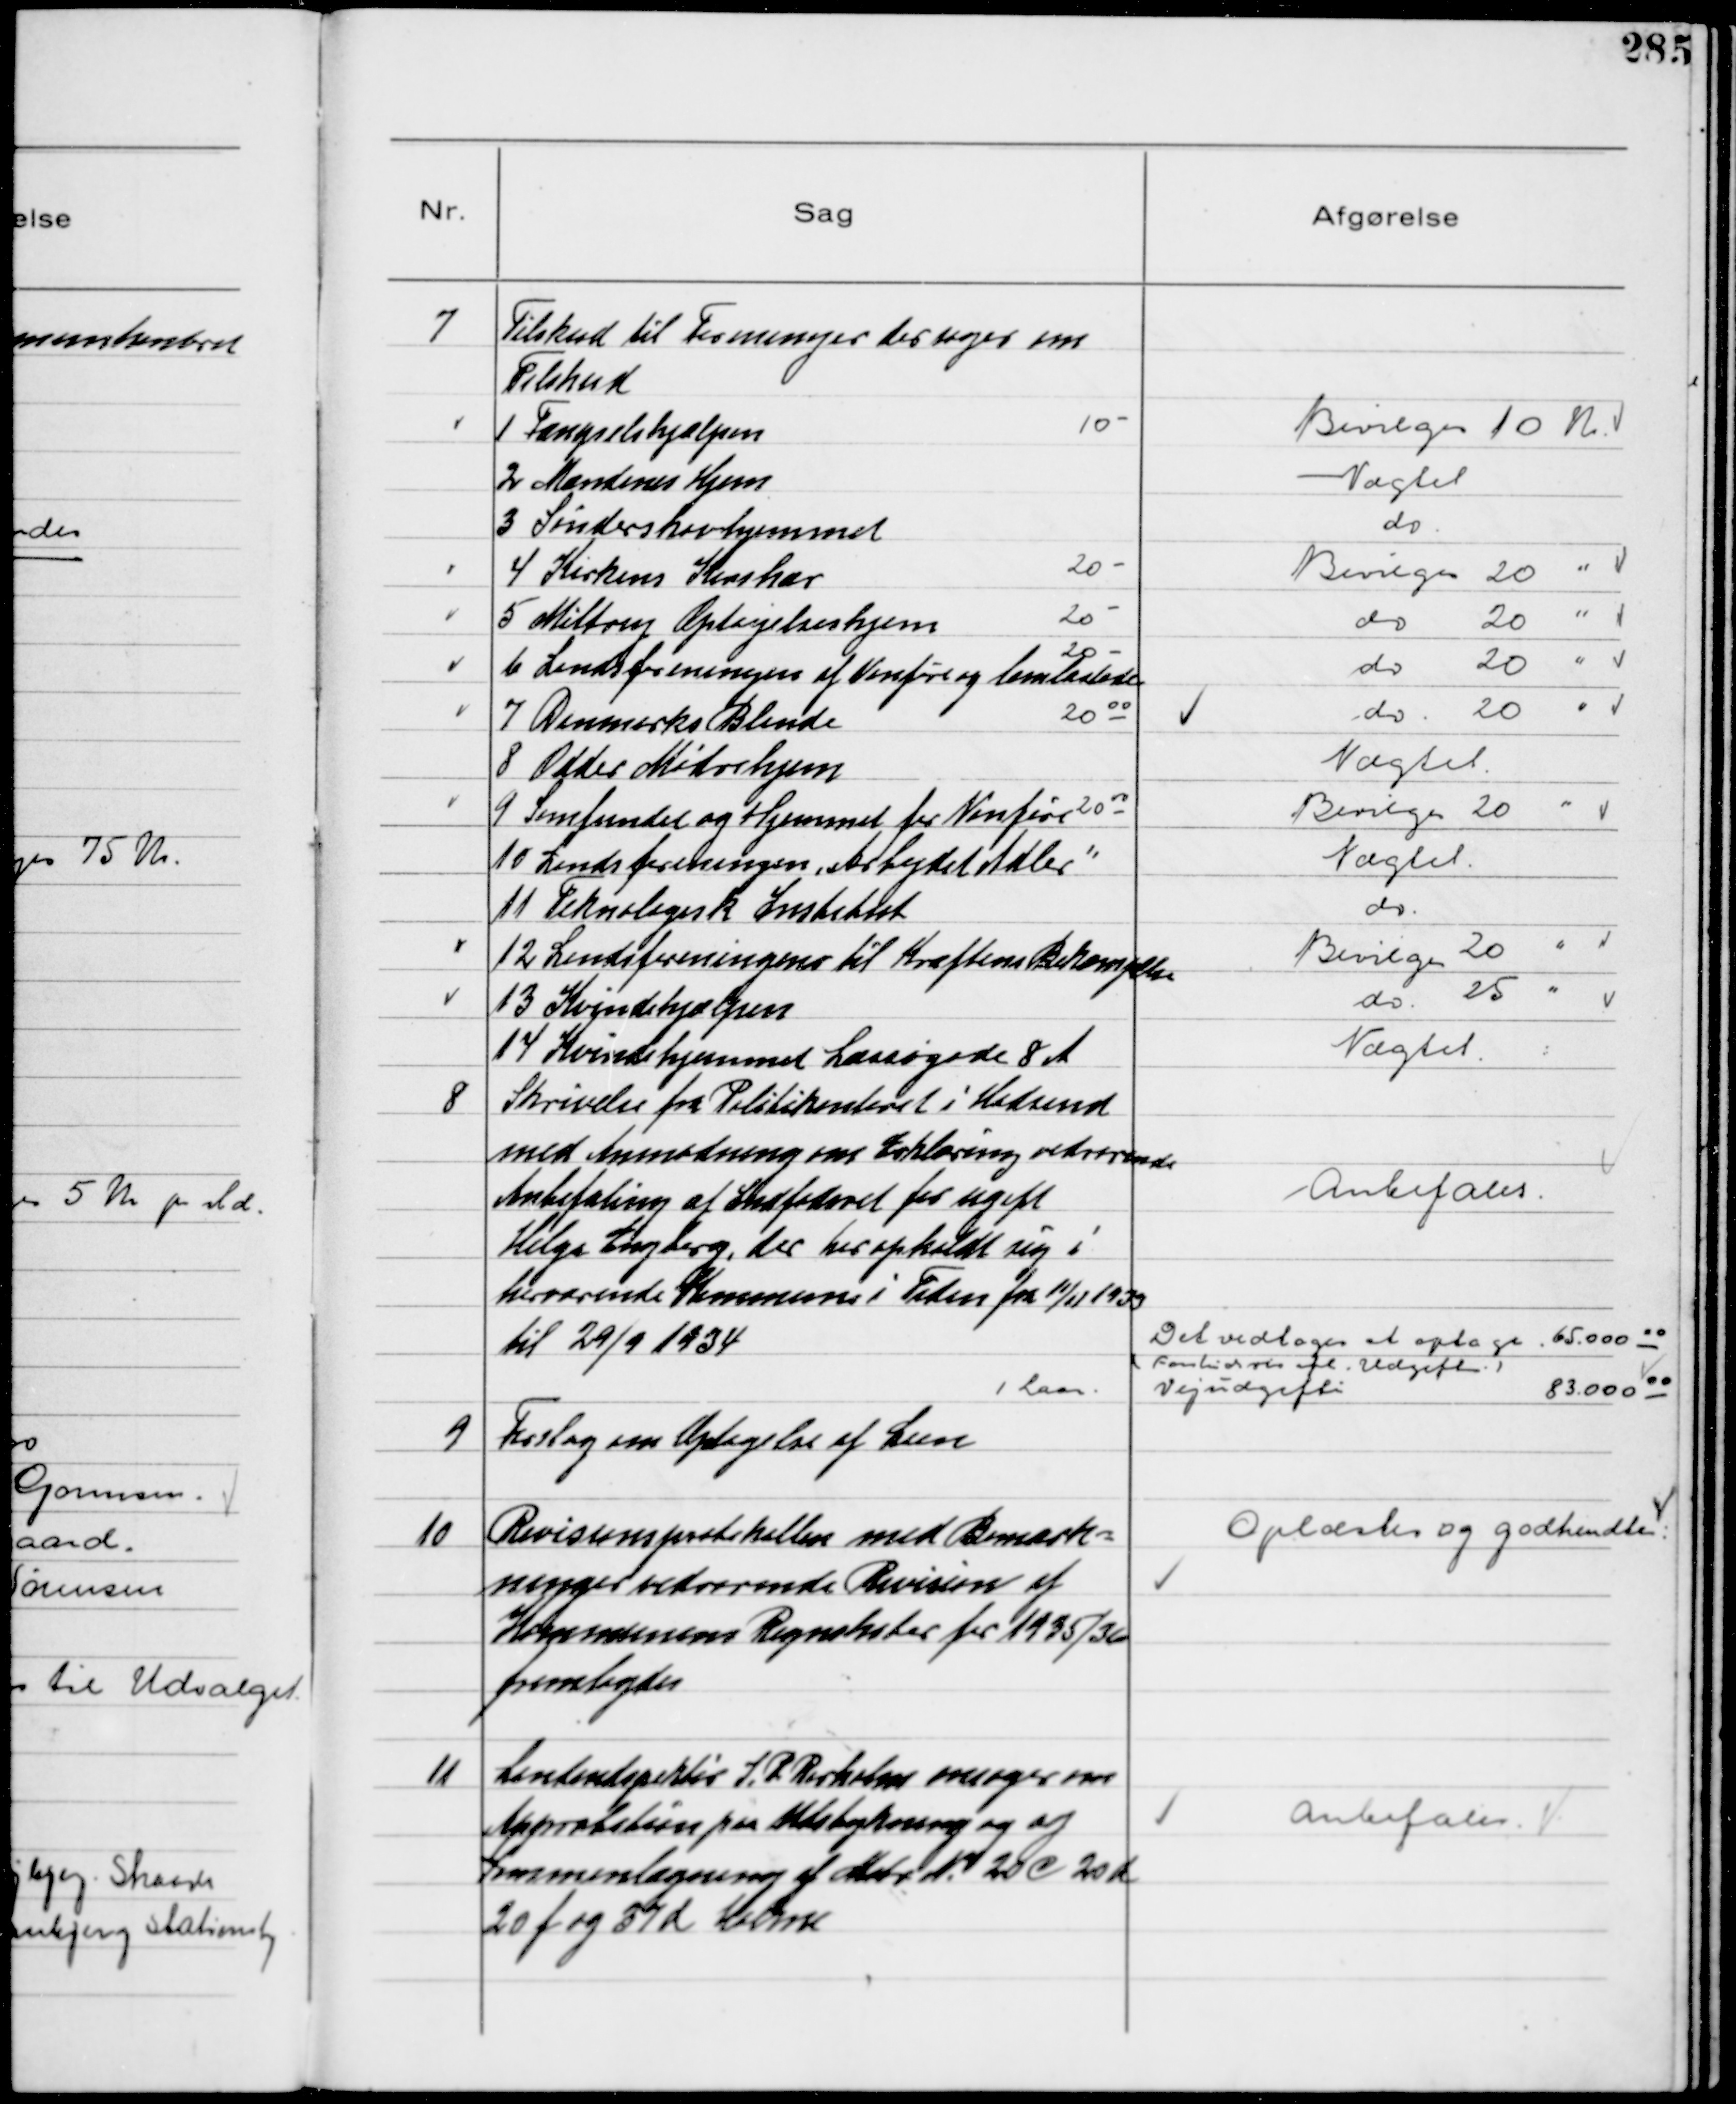
Transskription:
7
Tilskud til Foreninger der søger om
Tilskud
1 Fængselshjælpen
10-
Bevilges 10 Kr
2 Mændenes Hjem
Nægtet
3 Sønderskovhjemmet
do
4 Kirkens Korshær 
20-
Bevilges 20 "
5 Miltrup Optagelseshjem
20-
do 20 "
6 Landsforeningen af Vanføre og lemlæstede
20-
do 20 "
7 Danmarks Blinde
2000
do 20 "
8 Odder Mødrehjem
Nægtet
9 Samfundet og Hjemmet for Vanføre 2000
Bevilges 20 "
10 Landsforeningen "Arbejdet Adler"
Nægtet
11 Teknologisk Institut
do
12 Landsforeningen til Kræftens Bekæmpelse
Bevilges 20 "
13 Kvindehjælpen
do 25 "
14 Kvindehjemmet Læssøgade 8 A
Nægtet

8
Skrivelse fra Politikontoret i Hadsund
med Anmodning om Erklæring vedrørende
Anbefaling af Indfødsret for ugift
Helge Engberg, der har opholdt sig i
herværende Kommune i Tiden fra 10/12 1933
til 29/9 1934

Anbefales

9
Forslag om Optagelse af Laan

Det vedtoges at optage 6500000
(Fortrinsvis til Udgifter)
1 Laan
Vejudgifter 8300000

10
Revisionsprotokollen med Bemærk-
ninger vedrørende Revision af
Kommunens Regnskaber for 1935/36
fremlagdes

Oplæstes og godkendtes

11
Landindspektør J. P. Rørholm ansøger om
Approbation paa Udstykning og af
Sammenlægning af Matr N. 20 C 20 k
20 f og 37 d Holme

Anbefales